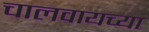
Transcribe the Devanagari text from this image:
चालवायच्या